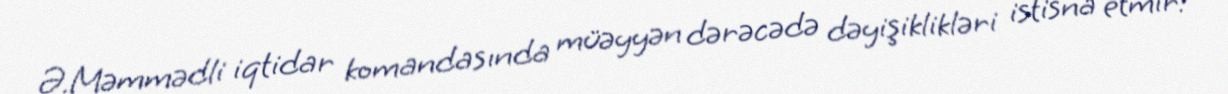
Ə.Məmmədli iqtidar komandasında müəyyən dərəcədə dəyişiklikləri istisna etmir: